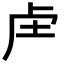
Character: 𮓗